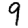
Digit: 9